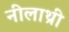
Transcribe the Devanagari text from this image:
नीलाथ्री